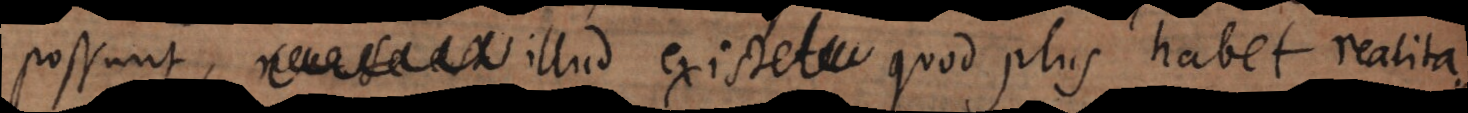
existere illud existet quod plus habet realita